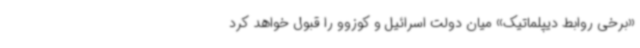
«برخی روابط دیپلماتیک» میان دولت اسرائیل و کوزوو را قبول خواهد کرد